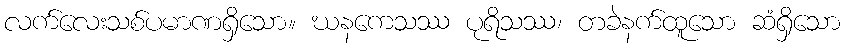
လက်လေးသစ်ပမာဏရှိသော။ ဃနကေသဿ ပုရိသဿ၊ တခဲနက်ထူသော ဆံရှိသော